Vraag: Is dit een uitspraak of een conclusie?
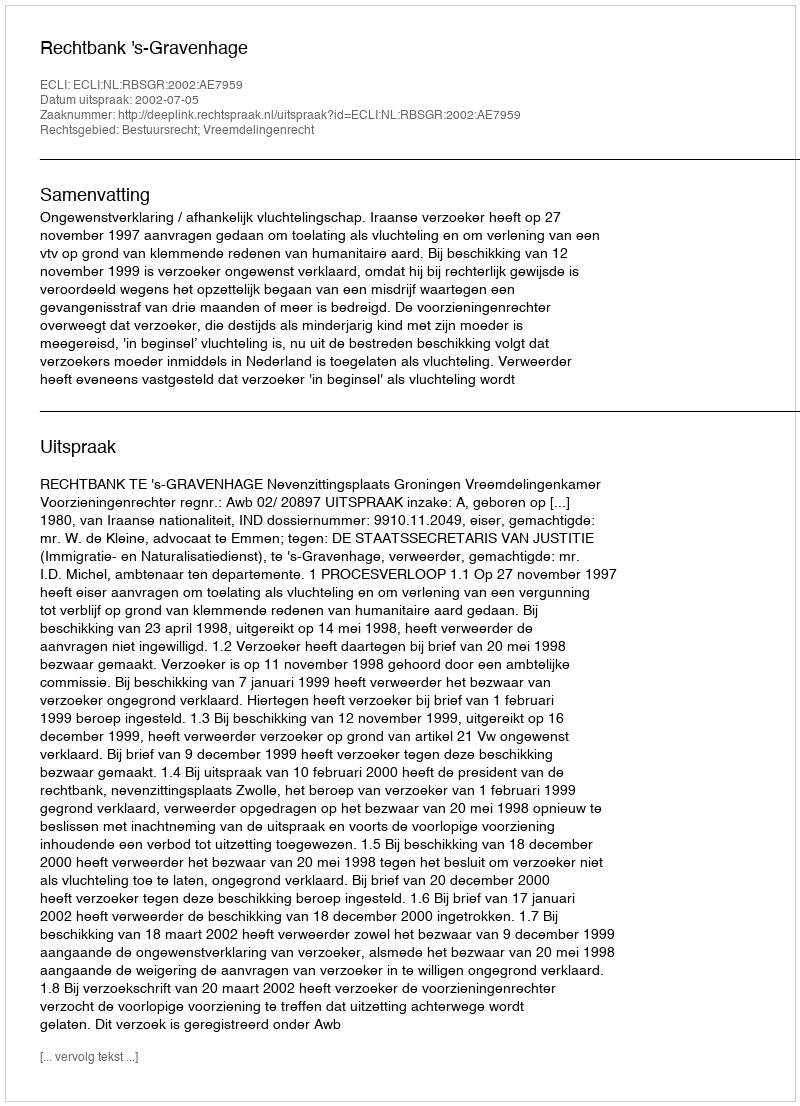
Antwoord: Uitspraak